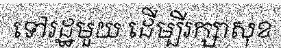
ទៅរដ្ឋមួយ ដើម្បីរក្សាសុខ